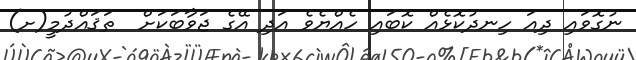
ނުގޮވައި ދިއަ ހިނދުކޮޅެއް ކޮބައި ހެއްޔެވެ އަދި އޭގެ ޖަވާބަކަށް  ތަޤައްދުމީ(ށ)